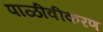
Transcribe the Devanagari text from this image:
पाळीवीकरण